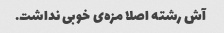
آش رشته اصلا مزه‌ی خوبی نداشت.